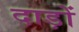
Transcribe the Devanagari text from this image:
दाड़ों